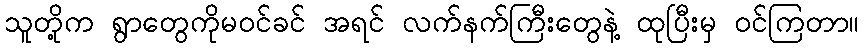
သူတို့က ရွာတွေကိုမဝင်ခင် အရင် လက်နက်ကြီးတွေနဲ့ ထုပြီးမှ ဝင်ကြတာ။